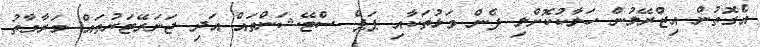
އެގޮތުން އިޒްރޭލުން ހަލާކުކޮށްލި ފެން ވަޅުތަކާއި ޕަޕް ސްޓޭޝަންތައް އަދި ޖަނަރޭޓަރުތައް މަރާމާތު